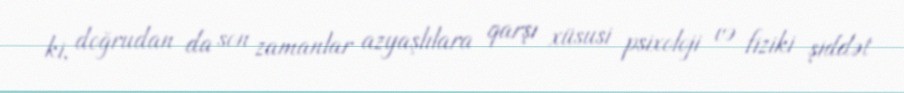
ki, doğrudan da son zamanlar azyaşlılara qarşı xüsusi psixoloji və fiziki şiddət